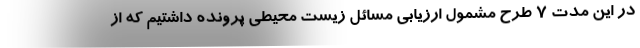
در این مدت 7 طرح مشمول ارزیابی مسائل زیست محیطی پرونده داشتیم که از